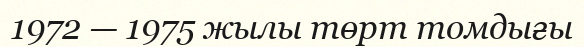
1972 — 1975 жылы төрт томдығы